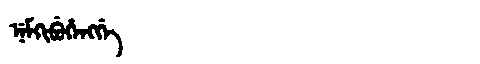
Manchu: ᠨᡝᠮᡴᡳᠪᡠᡥᡝᠩᡤᡝ
Romanization: NEMKIBUHENGGE